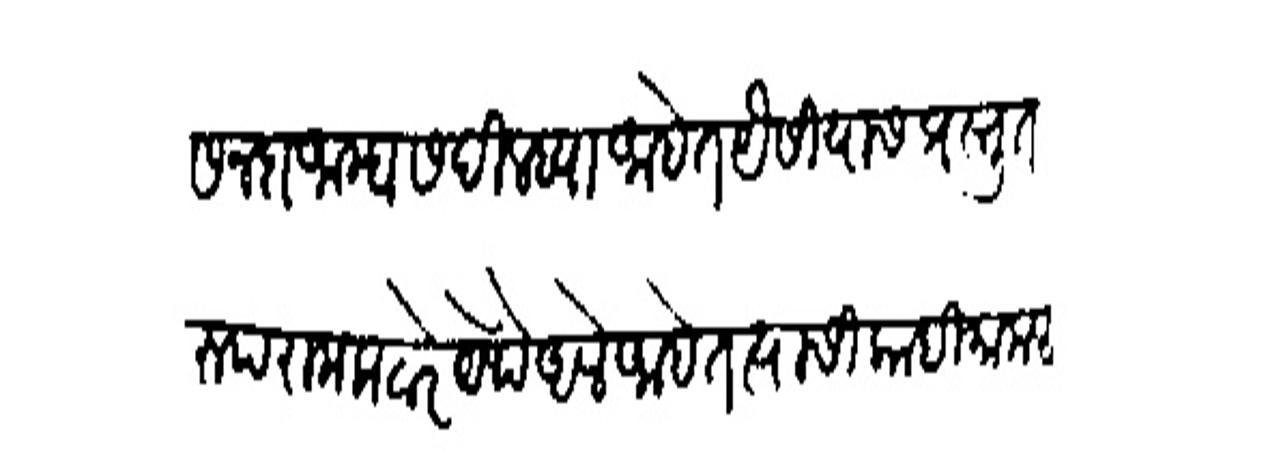
Transliteration (Devanagari): सनदा आम्हास दिल्ह्या आहेत यैसीयास प्रस्तुत रुपराम कटारे येथे अले आहेत त्यासी काही मामलतीचा